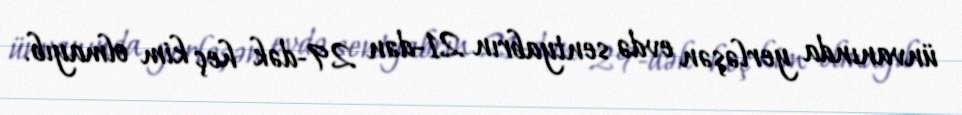
ünvanında yerləşən evdə sentyabrın 21-dən 29-dək heç kim olmayıb.